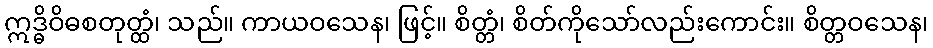
ဣဒ္ဓိဝိဓစတုတ္ထံ၊ သည်။ ကာယဝသေန၊ ဖြင့်။ စိတ္တံ၊ စိတ်ကိုသော်လည်းကောင်း။ စိတ္တဝသေန၊